Vaccine operations Central Provinces 1868-1885 - 1868-1885
Year: 1868
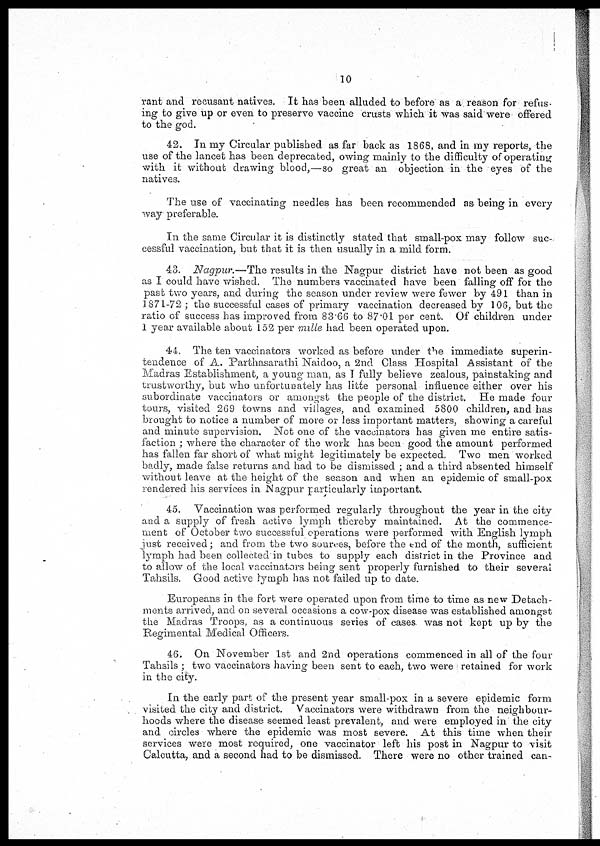
10
rant and recusant natives. It has been alluded to before as a reason for refus-
ing to give up or even to preserve vaccine crusts which it was said were offered
to the god.
42. In my Circular published as far back as 1868, and in my reports, the
use of the lancet has been deprecated, owing mainly to the difficulty of operating
with it without drawing blood,—so great an objection in the eyes of the
natives.
The use of vaccinating needles has been recommended as being in every
way preferable.
In the same Circular it is distinctly stated that small-pox may follow suc-
cessful vaccination, but that it is then usually in a mild form.
43. Nagpur.—The results in the Nagpur district have not been as good
as I could have wished. The numbers vaccinated have been falling off for the
past two years, and during the season under review were fewer by 491 than in
1871-72 ; the successful cases of primary vaccination decreased by 106, but the
ratio of success has improved from 83.66 to 87.01 per cent. Of children under
1 year available about 152 per mille had been operated upon.
44. The ten vaccinators worked as before under the immediate superin-
tendence of A. Parthasarathi Naidoo, a 2nd Class Hospital Assistant of the
Madras Establishment, a young man, as I fully believe zealous, painstaking and
trustworthy, but who unfortunately has litte personal influence either over his
subordinate vaccinators or amongst the people of the district. He made four
tours, visited 269 towns and villages, and examined 5800 children, and has
brought to notice a number of more or less important matters, showing a careful
and minute supervision. Not one of the vaccinators has given me entire satis-
faction ; where the character of the work has been good the amount performed
has fallen far short of what might legitimately be expected. Two men worked
badly, made false returns and had to be dismissed ; and a third absented himself
without leave at the height of the season and when an epidemic of small-pox
rendered his services in Nagpur particularly important.
45. Vaccination was performed regularly throughout the year in the city
and a supply of fresh active lymph thereby maintained. At the commence-
ment of October two successful operations were performed with English lymph
just received; and from the two sources, before the end of the month, sufficient
lymph had been collected in tubes to supply each district in the Province and
to allow of the local vaccinators being sent properly furnished to their several
Tahsils. Good active lymph has not failed up to date.
Europeans in the fort were operated upon from time to time as new Detach-
ments arrived, and on several occasions a cow-pox disease was established amongst
the Madras Troops, as a continuous series of cases was not kept up by the
Regimental Medical Officers.
46. On November 1st and 2nd operations commenced in all of the four
Tahsils ; two vaccinators having been sent to each, two were retained for work
in the city.
In the early part of the present year small-pox in a severe epidemic form
visited the city and district. Vaccinators were withdrawn from the neighbour-
hoods where the disease seemed least prevalent, and were employed in the city
and circles where the epidemic was most severe. At this time when their
services were most required, one vaccinator left his post in Nagpur to visit
Calcutta, and a second had to be dismissed. There were no other trained can-